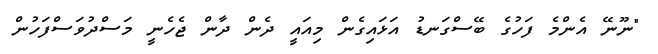
"ނޫނޭ އެންމެ ފަހުގެ ބޭސްގަނޑު އަޅައިގެން މިއައީ ދެން ދާން ޖެހެނީ މަސްދުވަސްފަހުން